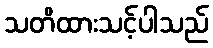
သတိထားသင့်ပါသည်